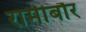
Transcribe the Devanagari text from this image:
रामीबौर